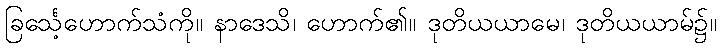
ခြင်္သေ့ဟောက်သံကို။ နာဒေသိ၊ ဟောက်၏။ ဒုတိယယာမေ၊ ဒုတိယယာမ်၌။